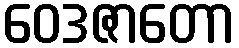
ဝေဒဇာတော